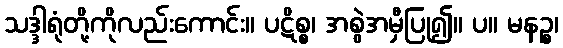
သဒ္ဒါရုံတို့ကိုလည်းကောင်း။ ပဋိစ္စ၊ အစွဲအမှီပြု၍။ ပ။ မနဉ္စ၊